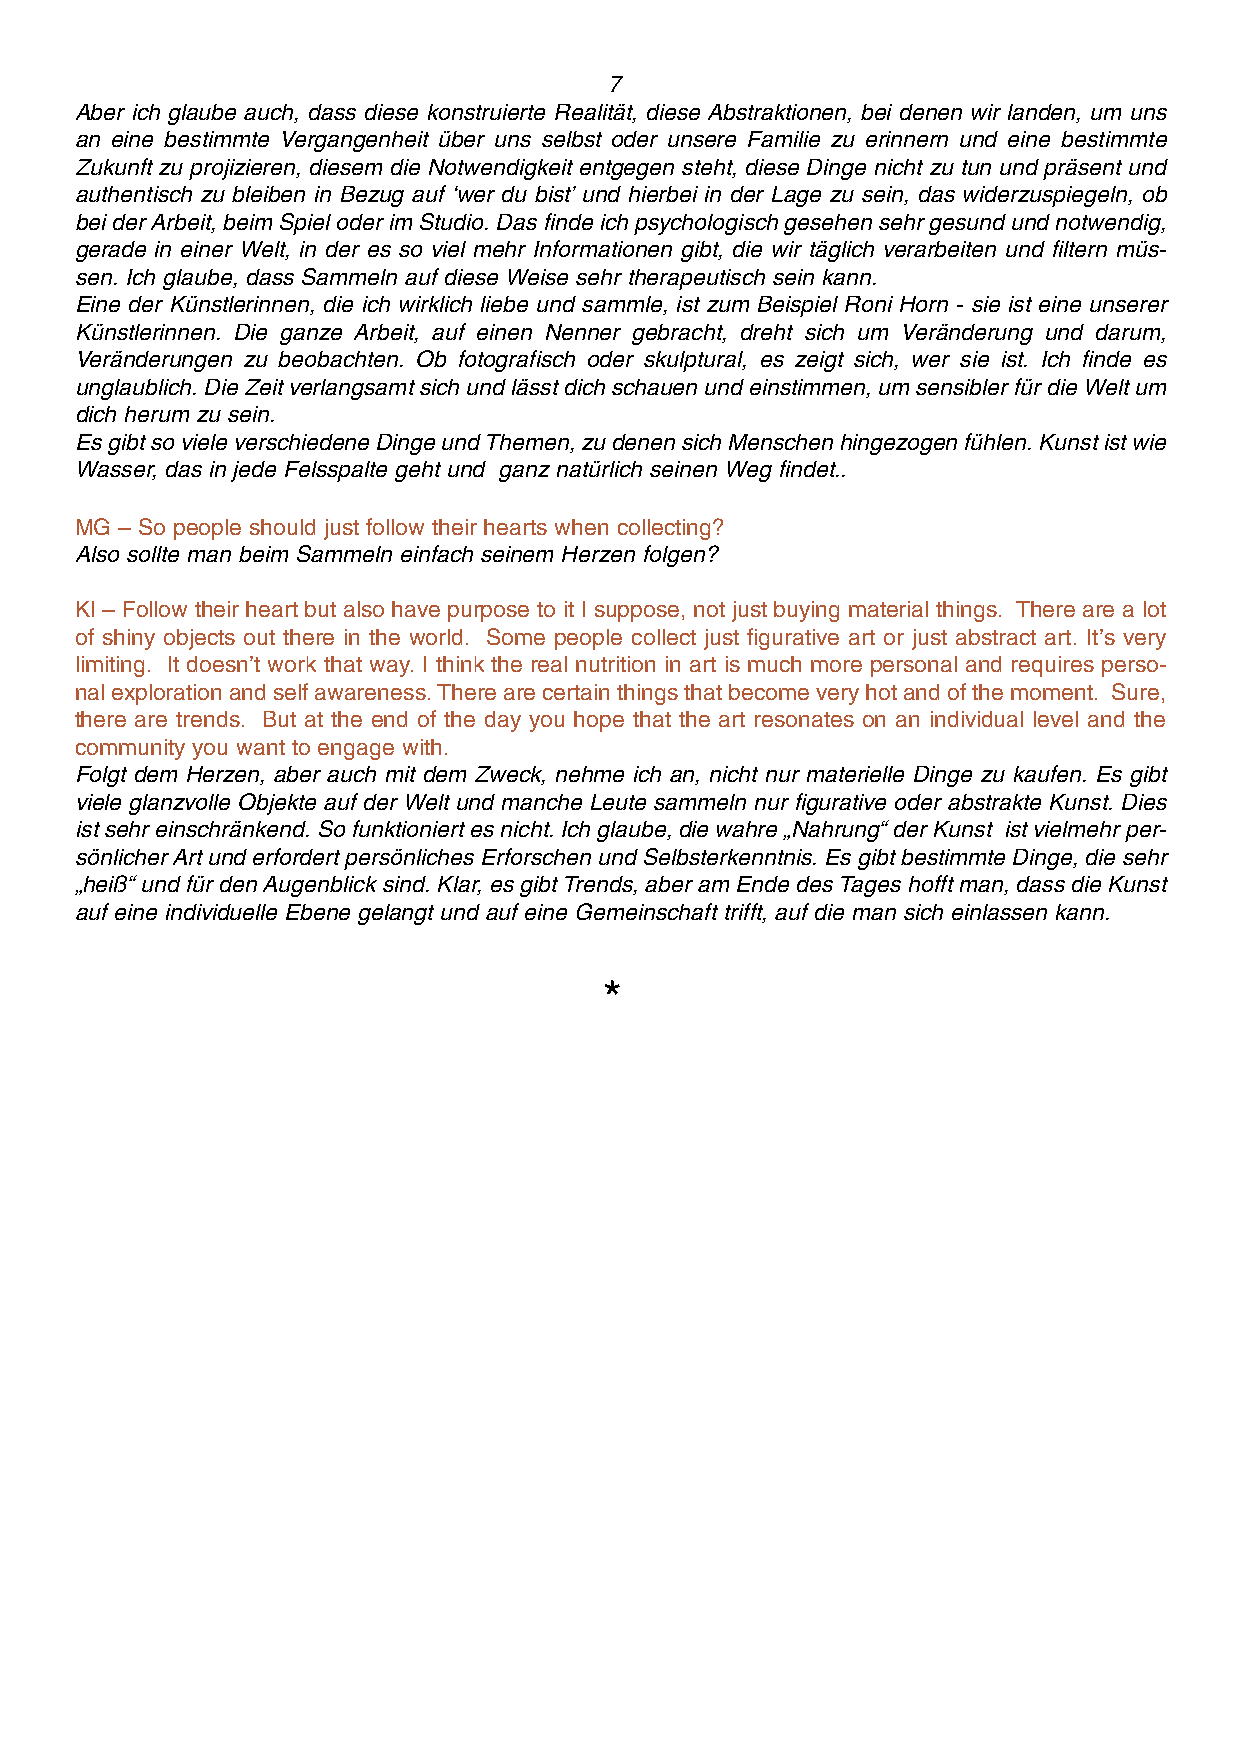
7
 Aber ich glaube auch, dass diese konstruierte Realität, diese Abstraktionen, bei denen wir landen, um uns
 an eine bestimmte Vergangenheit über uns selbst oder unsere Familie zu erinnern und eine bestimmte
 Zukunft zu projizieren, diesem die Notwendigkeit entgegen steht, diese Dinge nicht zu tun und präsent und
 authentisch zu bleiben in Bezug auf ‘wer du bist’ und hierbei in der Lage zu sein, das widerzuspiegeln, ob
 bei der Arbeit, beim Spiel oder im Studio. Das finde ich psychologisch gesehen sehr gesund und notwendig,
 gerade in einer Welt, in der es so viel mehr Informationen gibt, die wir täglich verarbeiten und filtern müs-
 sen. Ich glaube, dass Sammeln auf diese Weise sehr therapeutisch sein kann.
 Eine der Künstlerinnen, die ich wirklich liebe und sammle, ist zum Beispiel Roni Horn - sie ist eine unserer
 Künstlerinnen. Die ganze Arbeit, auf einen Nenner gebracht, dreht sich um Veränderung und darum,
 Veränderungen zu beobachten. Ob fotografisch oder skulptural, es zeigt sich, wer sie ist. Ich finde es
 unglaublich. Die Zeit verlangsamt sich und lässt dich schauen und einstimmen, um sensibler für die Welt um
 dich herum zu sein.
 Es gibt so viele verschiedene Dinge und Themen, zu denen sich Menschen hingezogen fühlen. Kunst ist wie
 Wasser, das in jede Felsspalte geht und ganz natürlich seinen Weg findet..
 MG – So people should just follow their hearts when collecting?
 Also sollte man beim Sammeln einfach seinem Herzen folgen?
 KI – Follow their heart but also have purpose to it I suppose, not just buying material things. There are a lot
 of shiny objects out there in the world. Some people collect just figurative art or just abstract art. It’s very
 limiting. It doesn’t work that way. I think the real nutrition in art is much more personal and requires perso-
 nal exploration and self awareness. There are certain things that become very hot and of the moment. Sure,
 there are trends. But at the end of the day you hope that the art resonates on an individual level and the
 community you want to engage with.
 Folgt dem Herzen, aber auch mit dem Zweck, nehme ich an, nicht nur materielle Dinge zu kaufen. Es gibt
 viele glanzvolle Objekte auf der Welt und manche Leute sammeln nur figurative oder abstrakte Kunst. Dies
 ist sehr einschränkend. So funktioniert es nicht. Ich glaube, die wahre „Nahrung“ der Kunst ist vielmehr per-
 sönlicher Art und erfordert persönliches Erforschen und Selbsterkenntnis. Es gibt bestimmte Dinge, die sehr
 „heiß“ und für den Augenblick sind. Klar, es gibt Trends, aber am Ende des Tages hofft man, dass die Kunst
 auf eine individuelle Ebene gelangt und auf eine Gemeinschaft trifft, auf die man sich einlassen kann.
 *